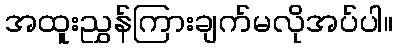
အထူးညွှန်ကြားချက်မလိုအပ်ပါ။